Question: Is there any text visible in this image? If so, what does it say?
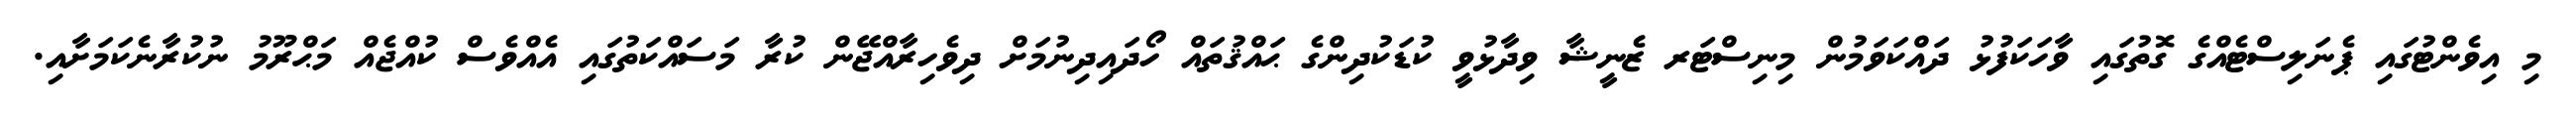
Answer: މި އިވެންޓުގައި ޕެނަލިސްޓެއްގެ ގޮތުގައި ވާހަކަފުޅު ދައްކަވަމުން މިނިސްޓަރ ޒެނީޝާ ވިދާޅުވީ ކުޑަކުދިންގެ ޙައްޤުތައް ހޯދައިދިނުމަށް ދިވެހިރާއްޖޭން ކުރާ މަސައްކަތުގައި އެއްވެސް ކުއްޖެއް މަޙްރޫމު ނުކުރާނެކަމަށާއި.